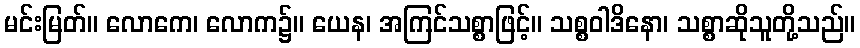
မင်းမြတ်။ လောကေ၊ လောက၌။ ယေန၊ အကြင်သစ္စာဖြင့်။ သစ္စဝါဒိနော၊ သစ္စာဆိုသူတို့သည်။